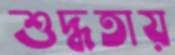
শুদ্ধতায়